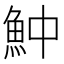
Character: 𩵵